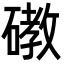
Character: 䃝